Burma Government Medical School reports 1923-41
Year: 1923
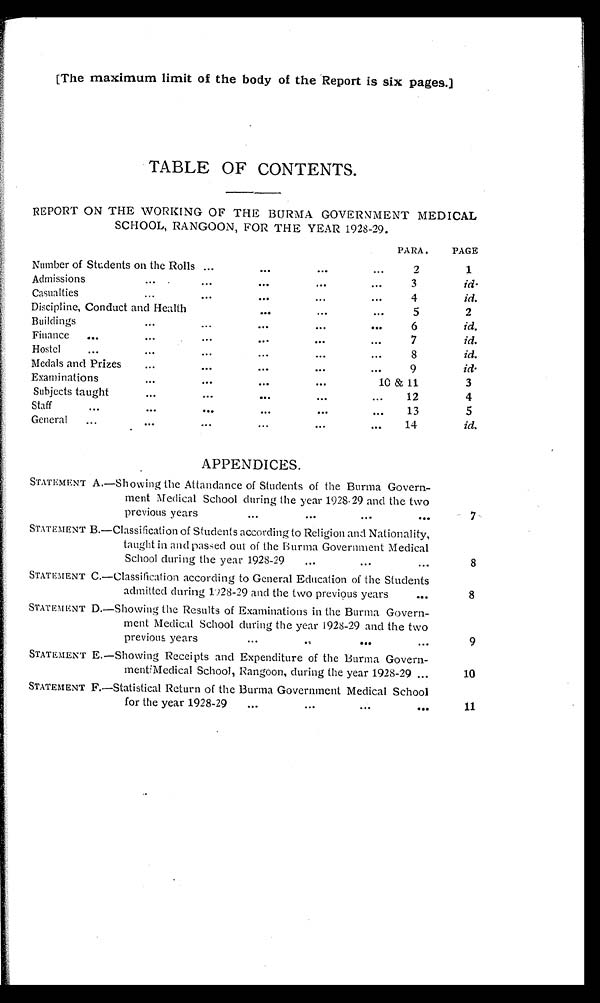
[The maximum limit of the body of the Report is six pages.]
TABLE OF CONTENTS.
REPORT ON THE WORKING OF THE BURMA GOVERNMENT MEDICAL
SCHOOL, RANGOON, FOR THE YEAR 1928-29.
PARA .
PAGE
Number of Students on the Rolls . . .
2
1
Admissions . . .
3
id.
Casualties . . .
4
id.
Discipline, Conduct and Health . . .
5
2
Buildings . . .
6
id.
Finance . . .
7
id.
Hostel . . .
8
id.
Medals and Prizes . . .
9
id.
Examinations . . .
10&11
3
Subjects taught . . .
12
4
Staff . . .
13
5
General . . .
14
id.
APPENDICES.
STATEMENT A.—Showing the Attandance of Students of the Burma Govern-
ment Medical School during the year 1928-29 and the two
previous years . . .
7
STATEMENT B.—Classification of Students according to Religion and Nationality,
taught in and passed out of the Burma Government Medical
School during the year 1928-29 . . .
8
STATEMENT C.—Classification according to General Education of the Students
admitted during 1928-29 and the two previous years . . .
8
STATEMENT D.—Showing the Results of Examinations in the Burma Govern
-
ment Medical School during the year 1928-29 and the two previous years . . .
9
STATEMENT E.—Showing Receipts and Expenditure of the Burma Govern
-
ment Medical School, Rangoon, during the year 1928-29 . . .
10
STATEMENT F.—Statistical Return of the Burma Government Medical School
for the year 1928-29 . . .
11